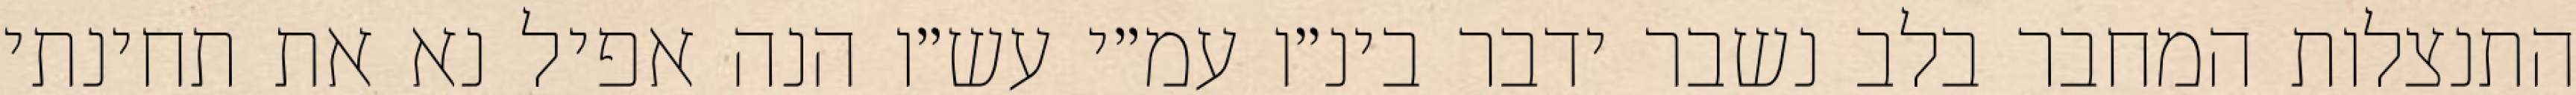
התנצלות המחבר בלב נשבר ידבר בינ״ו עמ״י עש״ו הנה אפיל נא את תחינתי